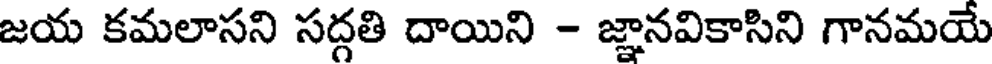
జయ కమలాసని సద్గతి దాయిని - జ్ఞానవికాసిని గానమయే